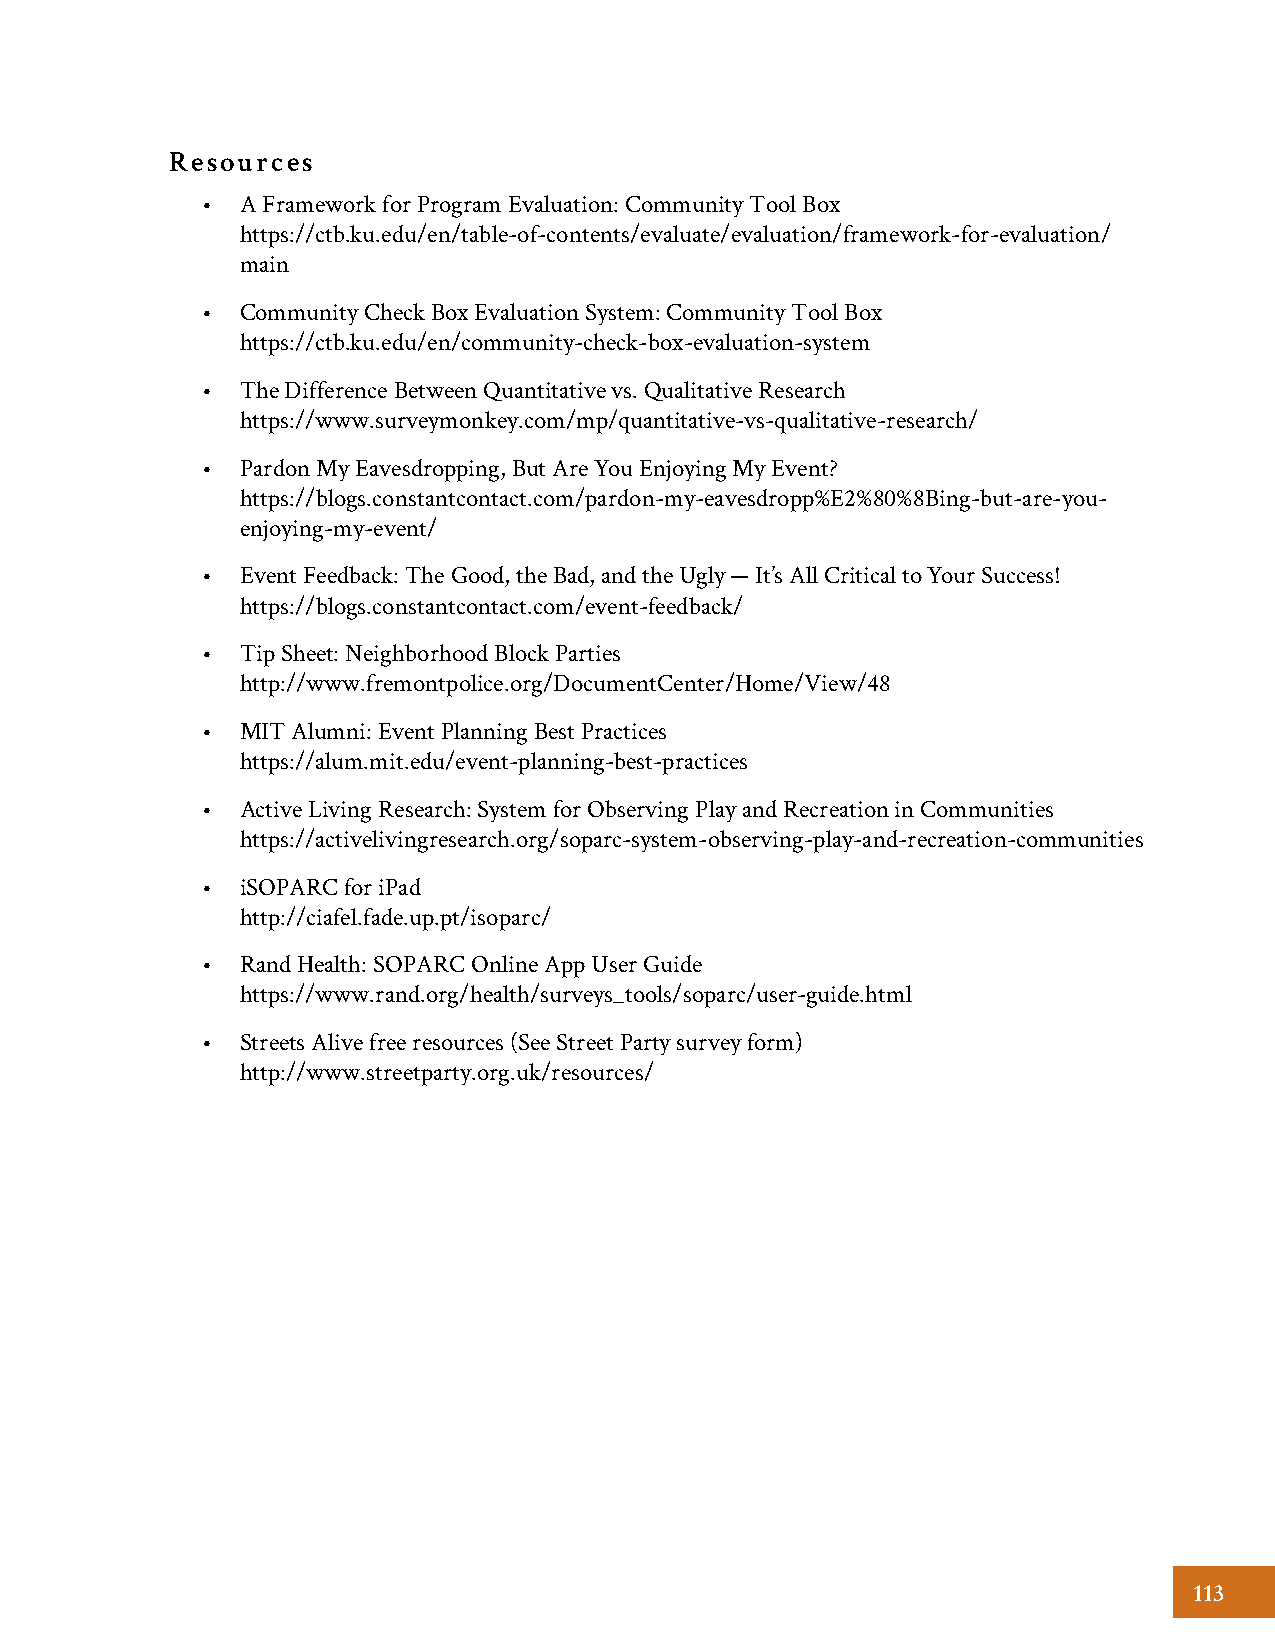
Resources
 •  A Framework for Program Evaluation: Community Tool Box
 https://ctb.ku.edu/en/table-of-contents/evaluate/evaluation/framework-for-evaluation/
 main
 •  Community Check Box Evaluation System: Community Tool Box
 https://ctb.ku.edu/en/community-check-box-evaluation-system
 •  The Difference Between Quantitative vs. Qualitative Research
 https://www.surveymonkey.com/mp/quantitative-vs-qualitative-research/
 •  Pardon My Eavesdropping, But Are You Enjoying My Event?
 https://blogs.constantcontact.com/pardon-my-eavesdropp%E2%80%8Bing-but-are-you-
 enjoying-my-event/
 •  Event Feedback: The Good, the Bad, and the Ugly — It’s All Critical to Your Success!
 https://blogs.constantcontact.com/event-feedback/
 •  Tip Sheet: Neighborhood Block Parties
 http://www.fremontpolice.org/DocumentCenter/Home/View/48
 •  MIT Alumni: Event Planning Best Practices
 https://alum.mit.edu/event-planning-best-practices
 •  Active Living Research: System for Observing Play and Recreation in Communities
 https://activelivingresearch.org/soparc-system-observing-play-and-recreation-communities
 •  iSOPARC for iPad
 http://ciafel.fade.up.pt/isoparc/
 •  Rand Health: SOPARC Online App User Guide
 https://www.rand.org/health/surveys_tools/soparc/user-guide.html
 •  Streets Alive free resources (See Street Party survey form)
 http://www.streetparty.org.uk/resources/
 113